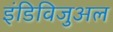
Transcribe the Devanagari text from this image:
इंडिविजुअल